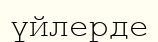
үйлерде